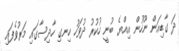
ދަ ގާޑިއަން ނޫހުން އިއްޔެ ބުނީ ހުކުރު ދުވަހު ހިނގި ހާދިސާގައި މަރުވެފައި